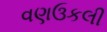
વણઉકલી